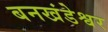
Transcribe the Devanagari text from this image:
बनखंडेश्वर